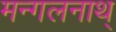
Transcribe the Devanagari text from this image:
मन्गलनाथ्